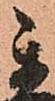
秀